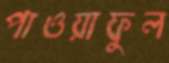
পাওয়াফুল